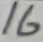
Text: 16